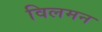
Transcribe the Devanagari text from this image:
विलमन